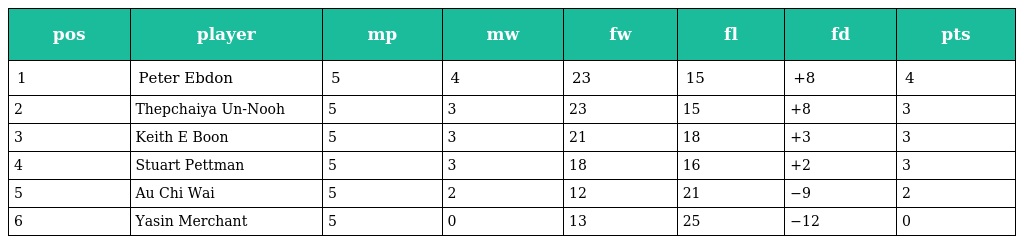
| pos | player | mp | mw | fw | fl | fd | pts |
 | --- | --- | --- | --- | --- | --- | --- | --- |
 | 1 | Peter Ebdon | 5 | 4 | 23 | 15 | +8 | 4 |
 | 2 | Thepchaiya Un-Nooh | 5 | 3 | 23 | 15 | +8 | 3 |
 | 3 | Keith E Boon | 5 | 3 | 21 | 18 | +3 | 3 |
 | 4 | Stuart Pettman | 5 | 3 | 18 | 16 | +2 | 3 |
 | 5 | Au Chi Wai | 5 | 2 | 12 | 21 | −9 | 2 |
 | 6 | Yasin Merchant | 5 | 0 | 13 | 25 | −12 | 0 |